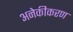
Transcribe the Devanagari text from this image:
अनेकीकरण